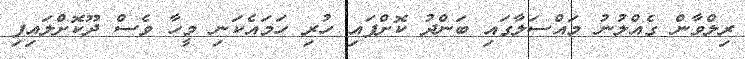
ރިލްވާން ގެއްލުނު މައްސަލާގައި ބަންދު ކޮށްފައި ހުރި ހަމައެކަނި މީހާ ވެސް ދޫކޮށްލައިފި